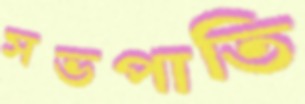
সভপাতি